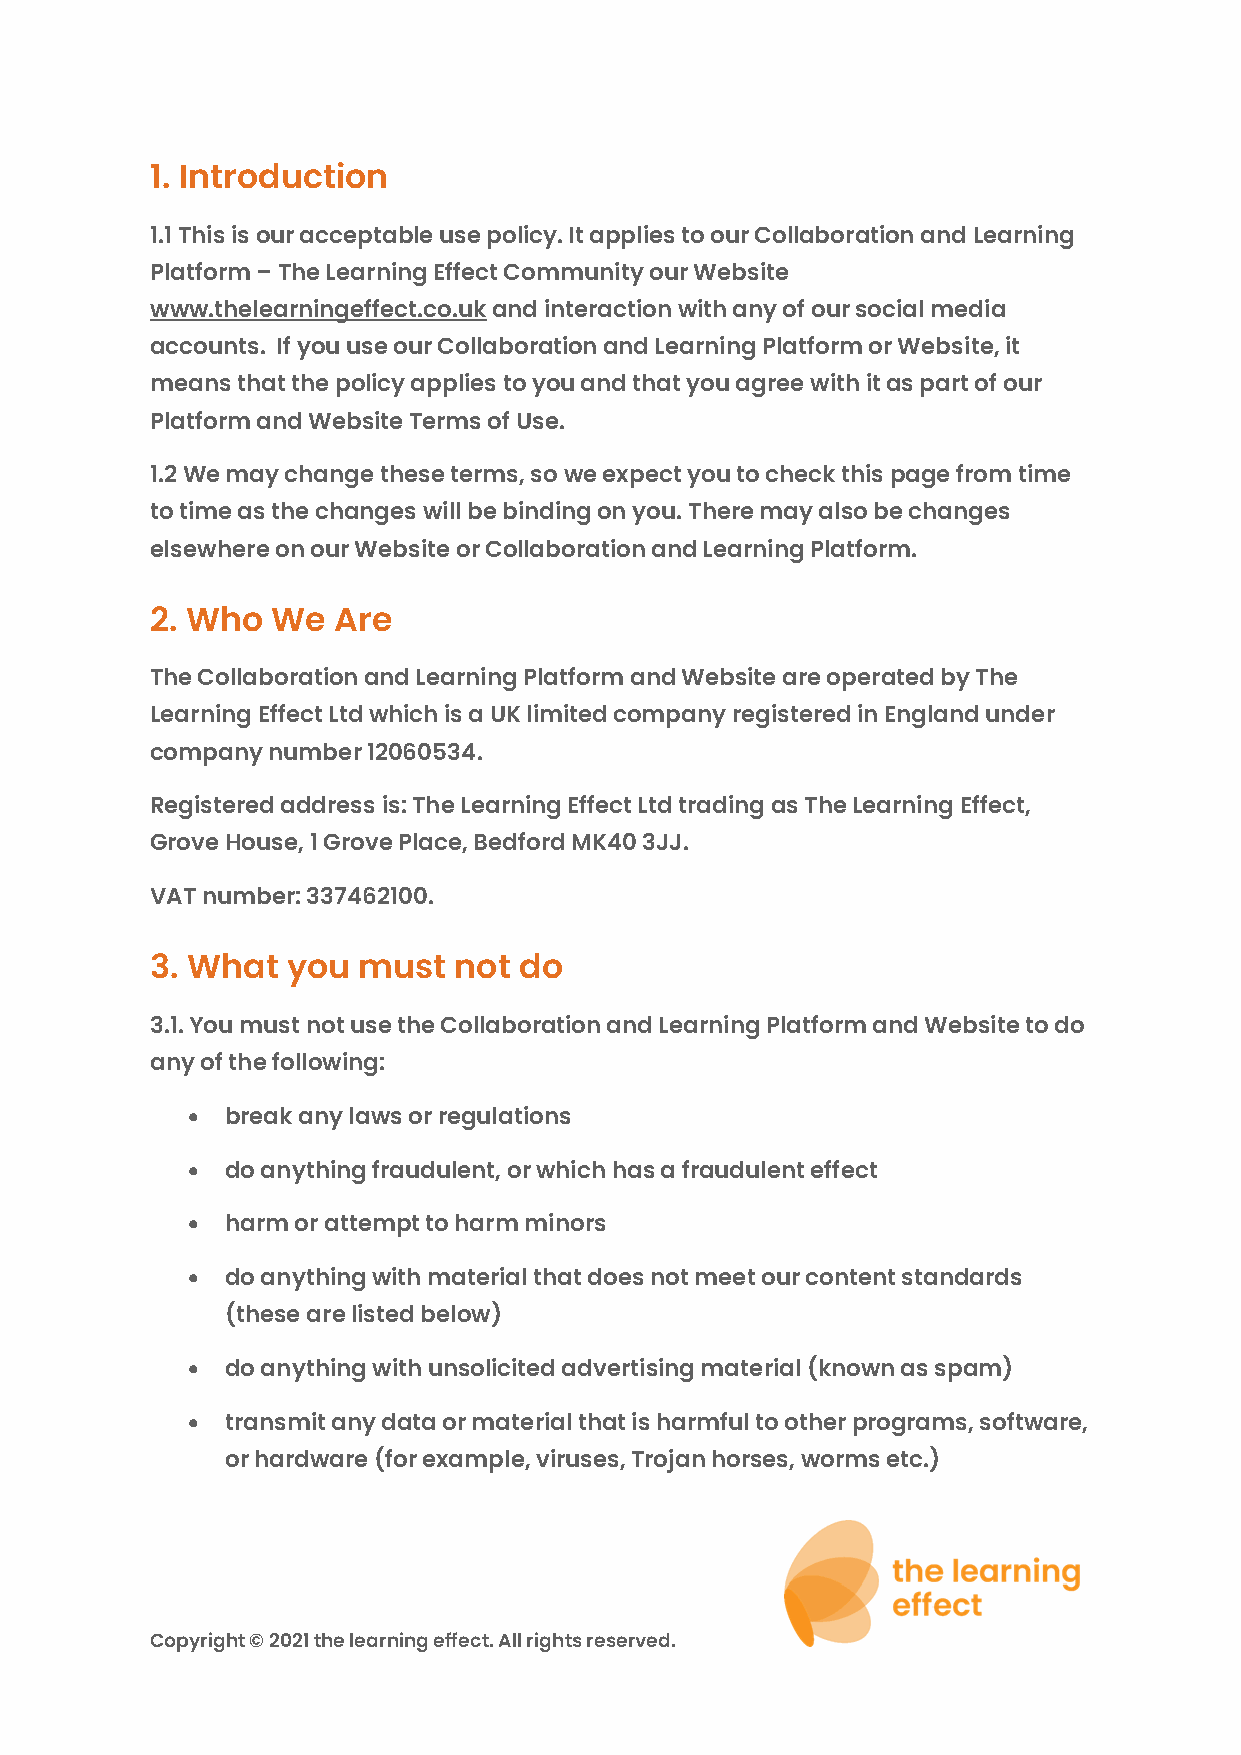
1. Introduction
 1.1 This is our acceptable use policy. It applies to our Collaboration and Learning
 Platform – The Learning Effect Community our Website
 www.thelearningeffect.co.uk and interaction with any of our social media
 accounts. If you use our Collaboration and Learning Platform or Website, it
 means that the policy applies to you and that you agree with it as part of our
 Platform and Website Terms of Use.
 1.2 We may change these terms, so we expect you to check this page from time
 to time as the changes will be binding on you. There may also be changes
 elsewhere on our Website or Collaboration and Learning Platform.
 2. Who  We  Are
 The Collaboration and Learning Platform and Website are operated by The
 Learning Effect Ltd which is a UK limited company registered in England under
 company number 12060534.
 Registered address is: The Learning Effect Ltd trading as The Learning Effect,
 Grove House, 1 Grove Place, Bedford MK40 3JJ.
 VAT number: 337462100.
 3. What  you  must  not do
 3.1. You must not use the Collaboration and Learning Platform and Website to do
 any of the following:
 •  break any laws or regulations
 •  do anything fraudulent, or which has a fraudulent effect
 •  harm or attempt to harm minors
 •  do anything with material that does not meet our content standards
 (these are listed below)
 •  do anything with unsolicited advertising material (known as spam)
 •  transmit any data or material that is harmful to other programs, software,
 or hardware (for example, viruses, Trojan horses, worms etc.)
 Copyright © 2021 the learning effect. All rights reserved.